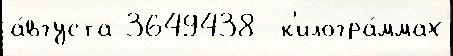
а́вгуста 3649438  к'илогра́ммах